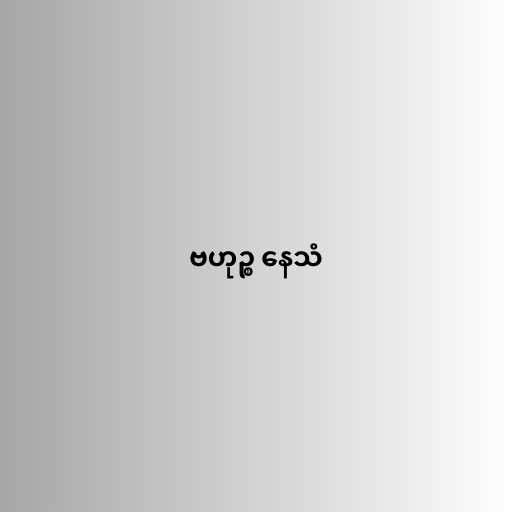
ဗဟုဉ္စ နေသံ